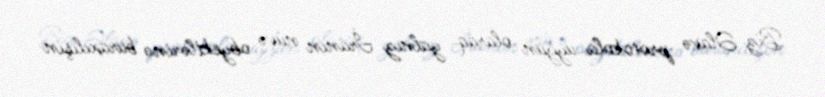
Biz Əlavə protokola uyğun olaraq yalnız İranın nüvə obyektlərinə buraxılışın